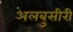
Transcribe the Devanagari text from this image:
अलबुसीरी